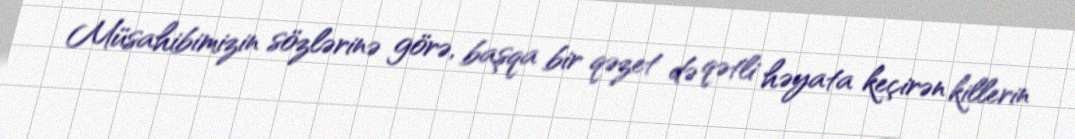
Müsahibimizin sözlərinə görə, başqa bir qəzet də qətli həyata keçirən killerin